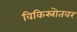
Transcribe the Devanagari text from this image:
विकिस्रोतवर